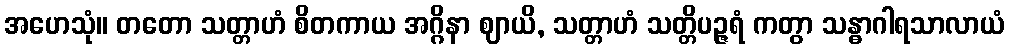
အဟေသုံ။ တတော သတ္တာဟံ စိတကာယ အဂ္ဂိနာ ဈာယိ, သတ္တာဟံ သတ္တိပဉ္ဇရံ ကတွာ သန္ဓာဂါရသာလာယံ